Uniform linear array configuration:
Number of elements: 24
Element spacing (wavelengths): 0.75
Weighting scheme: uniform
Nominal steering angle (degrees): -15
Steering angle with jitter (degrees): -15.397
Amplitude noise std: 0.05
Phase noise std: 0.05

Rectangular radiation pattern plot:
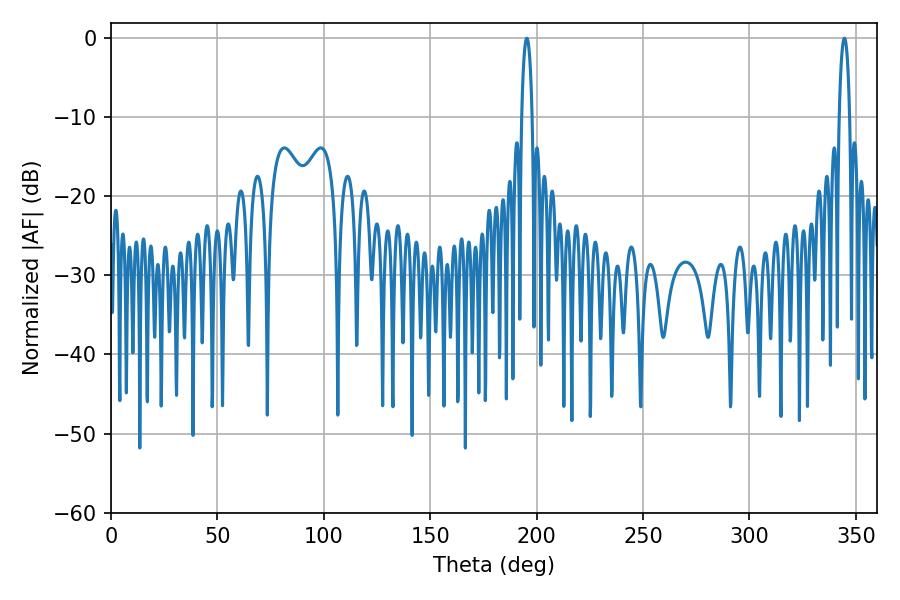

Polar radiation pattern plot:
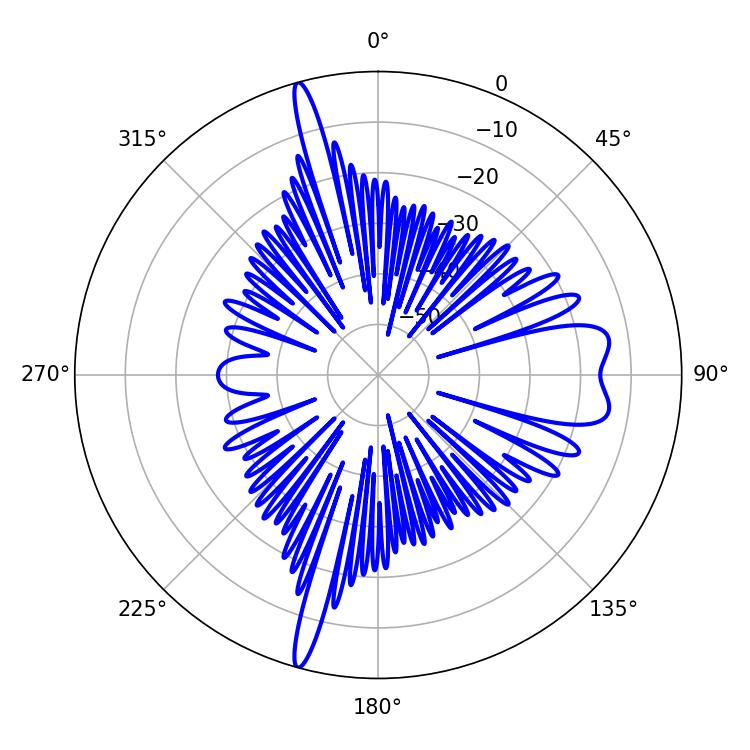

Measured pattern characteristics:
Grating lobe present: TRUE
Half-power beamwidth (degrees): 2.7
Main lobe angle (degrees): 195.3